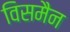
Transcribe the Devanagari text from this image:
विसमैन